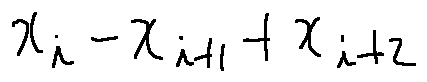
x _ { i } - x _ { i + 1 } + x _ { i + 2 }